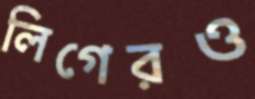
লিগেরও